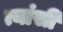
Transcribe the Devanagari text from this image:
त्यांसी